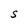
Character: S